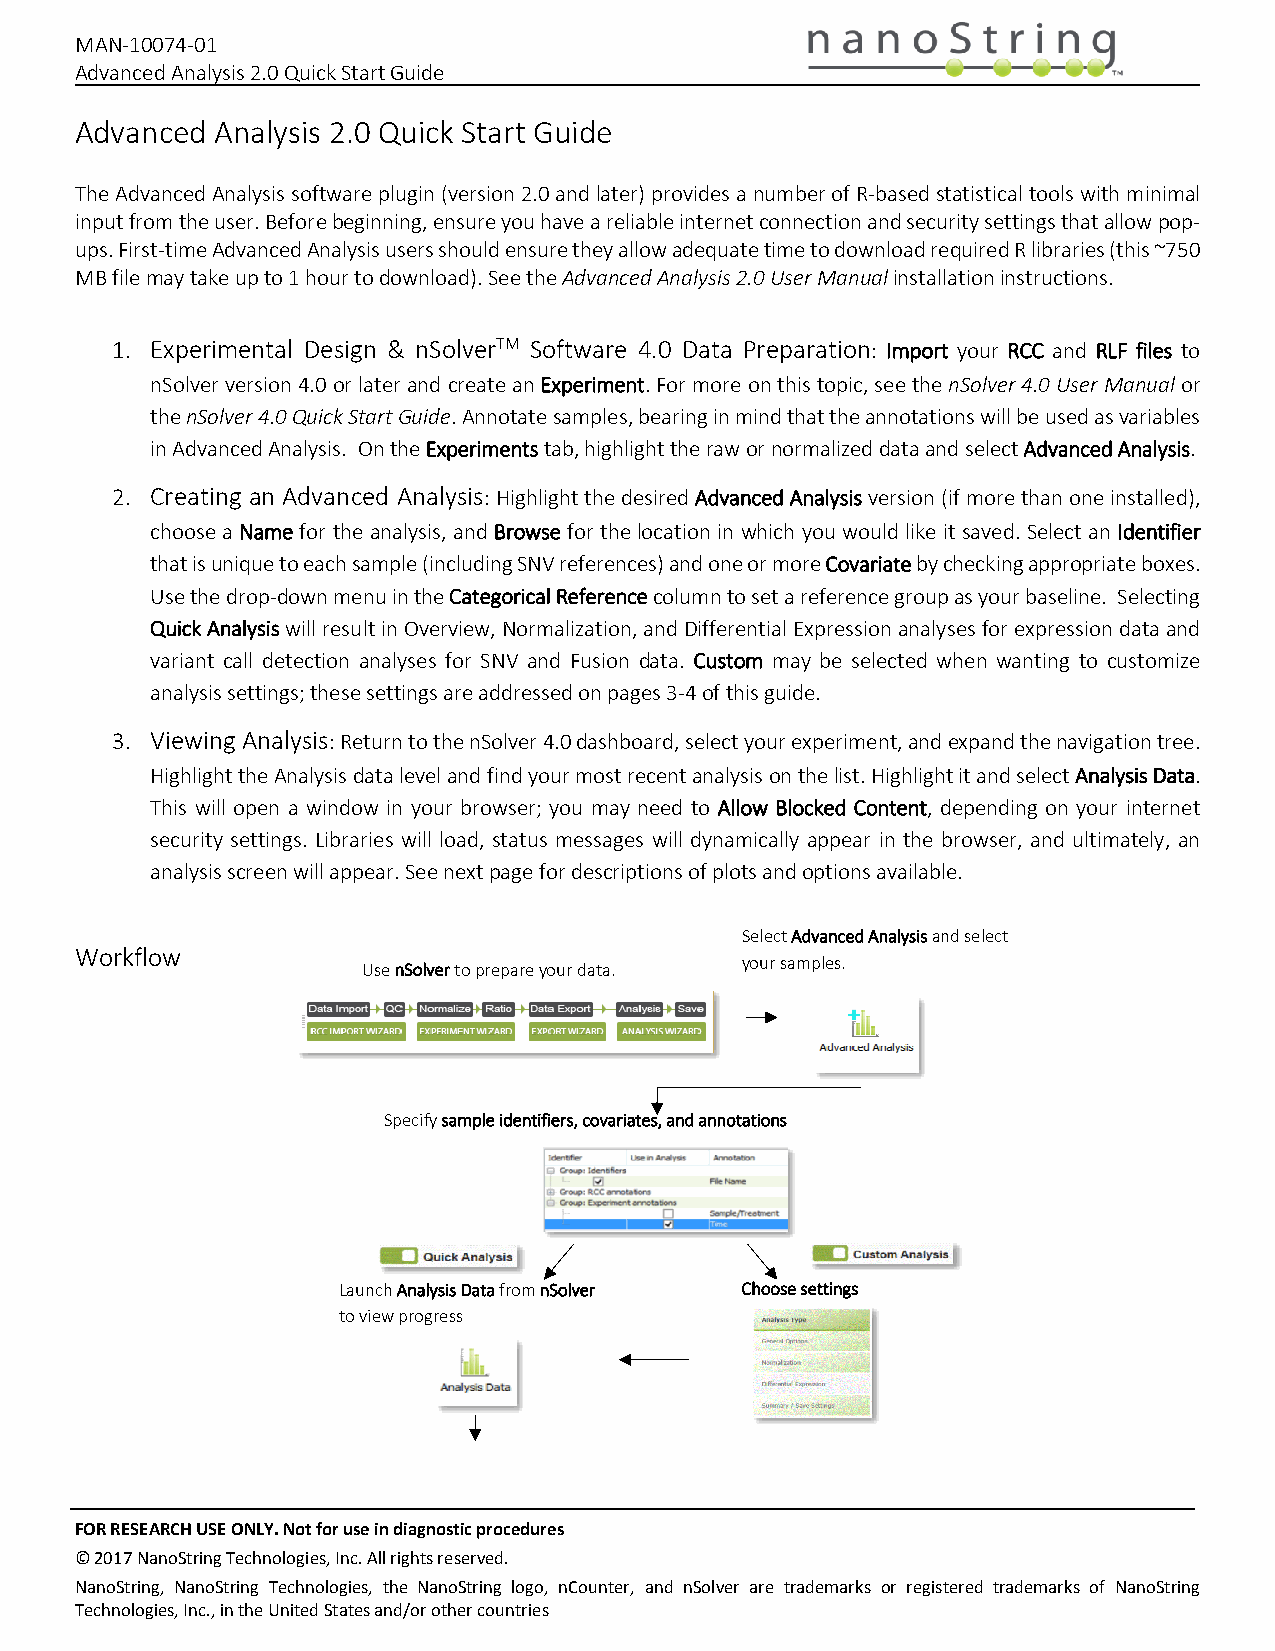
MAN-10074-01
 Advanced Analysis 2.0 Quick Start Guide
 Advanced Analysis 2.0 Quick Start Guide
 The Advanced Analysis software plugin (version 2.0 and later) provides a number of R-based statistical tools with minimal
 input from the user. Before beginning, ensure you have a reliable internet connection and security settings that allow pop-
 ups. First-time Advanced Analysis users should ensure they allow adequate time to download required R libraries (this ~750
 MB file may take up to 1 hour to download). See the Advanced Analysis 2.0 User Manual installation instructions.
 1. Experimental Design & nSolverTM Software 4.0 Data Preparation: Import your RCC and RLF files to
 nSolver version 4.0 or later and create an Experiment. For more on this topic, see the nSolver 4.0 User Manual or
 the nSolver 4.0 Quick Start Guide. Annotate samples, bearing in mind that the annotations will be used as variables
 in Advanced Analysis. On the Experiments tab, highlight the raw or normalized data and select Advanced Analysis.
 2. Creating an Advanced Analysis: Highlight the desired Advanced Analysis version (if more than one installed),
 choose a Name for the analysis, and Browse for the location in which you would like it saved. Select an Identifier
 that is unique to each sample (including SNV references) and one or more Covariate by checking appropriate boxes.
 Use the drop-down menu in the Categorical Reference column to set a reference group as your baseline. Selecting
 Quick Analysis will result in Overview, Normalization, and Differential Expression analyses for expression data and
 variant call detection analyses for SNV and Fusion data. Custom may be selected when wanting to customize
 analysis settings; these settings are addressed on pages 3-4 of this guide.
 3. Viewing Analysis: Return to the nSolver 4.0 dashboard, select your experiment, and expand the navigation tree.
 Highlight the Analysis data level and find your most recent analysis on the list. Highlight it and select Analysis Data.
 This will open a window in your browser; you may need to Allow Blocked Content, depending on your internet
 security settings. Libraries will load, status messages will dynamically appear in the browser, and ultimately, an
 analysis screen will appear. See next page for descriptions of plots and options available.
 Select Advanced Analysis and select
 Workflow
 your samples.
 Use nSolver to prepare your data.
 Specify sample identifiers, covariates, and annotations
 Launch Analysis Data from nSolver Choose settings
 to view progress
 FOR RESEARCH USE ONLY. Not for use in diagnostic procedures
 © 2017 NanoString Technologies, Inc. All rights reserved.
 NanoString, NanoString Technologies, the NanoString logo, nCounter, and nSolver are trademarks or registered trademarks of NanoString
 Technologies, Inc., in the United States and/or other countries